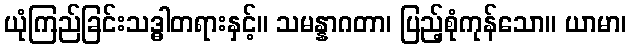
ယုံကြည်ခြင်းသဒ္ဓါတရားနှင့်။ သမန္နာဂတာ၊ ပြည့်စုံကုန်သော။ ယာမာ၊